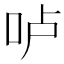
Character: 𠰷